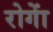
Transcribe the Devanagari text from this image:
रोगाें